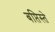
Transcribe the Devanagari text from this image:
बप्तिस्ते